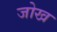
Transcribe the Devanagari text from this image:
जोख